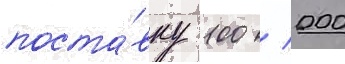
поста́вку 100 / 000